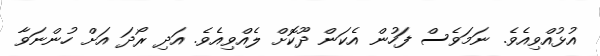
އުޅުއްވިއެވެ. ނަމަވެސް ފަހުން އެކަން ދޫކޮށް ލެއްވިއެވެ. އަދި ރޯދަ އަށް ހުންނަވާ